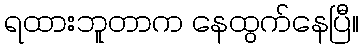
ရထားဘူတာက နေထွက်နေပြီ။